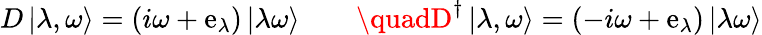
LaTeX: D\left|\lambda,\omega\right\rangle=\left(i\omega+\mathrm{e}_{\lambda}\right)\left|\lambda\omega\right\rangle\quad\quad\quadD^{\dagger}\left|\lambda,\omega\right\rangle=\left(-i\omega+\mathrm{e}_{\lambda}\right)\left|\lambda\omega\right\rangle